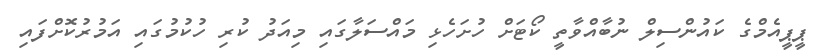
ޕީޕީއެމްގެ ކައުންސިލް ނުބާއްވާތީ ކޯޓަށް ހުށަހެޅި މައްސަލާގައި މިއަދު ކުރި ހުކުމުގައި އަމުރުކޮށްފައި